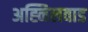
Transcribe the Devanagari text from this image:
अह्निलवाड